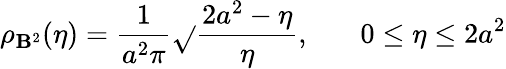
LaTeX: \rho_{\mathbf{B}^{2}}(\eta)=\frac{{1}}{{a^{2}\pi}}\sqrt{}{{\frac{{2a^{2}-\eta}}{{\eta}}}},\ \ \ \ \ \ \ 0\le\eta\le2a^{2}